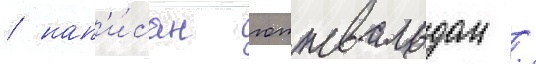
/ нап'и́сан готтвальдом /